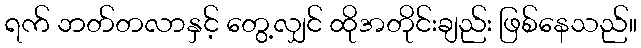
ရက် ဘတ်တလာနှင့် တွေ့လျှင် ထိုအတိုင်းချည်း ဖြစ်နေသည်။